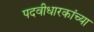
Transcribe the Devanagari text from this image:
पदवीधारकांच्या